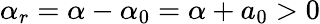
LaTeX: \alpha_{r}=\alpha-\alpha_{0}=\alpha+a_{0}>0